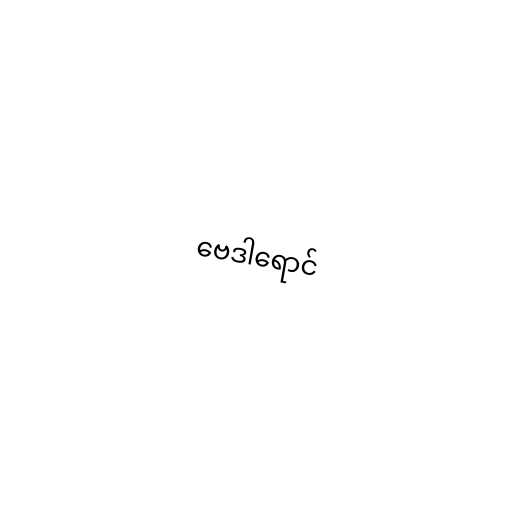
ဗေဒါရောင်